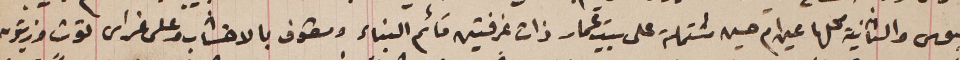
لبوس والثانية محلها عين ام حسين مشتملة على بيت عمار ذات غرفتين قائم البناء ومسقوف بالاخشاب وعلى غراس توت وزيتون